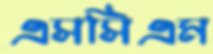
এসসিএম